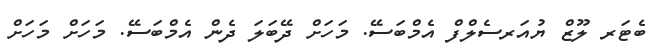
ބެޓަރ ލޫޒް ޔުއަރސެލްފް އެމްބަސޭ. މަހަށް ދޭބަލަ ދެން އެމްބަސޭ. މަހަށް މަހަށް